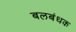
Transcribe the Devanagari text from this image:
बलबंधक